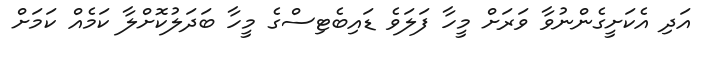
އަދި އެކަށީގެންނުވާ ވަރަށް މީހާ ފަލަވެ ޑައިބެޓިސްގެ މީހާ ބަދަލުކޮށްލާ ކަމެއް ކަމަށް